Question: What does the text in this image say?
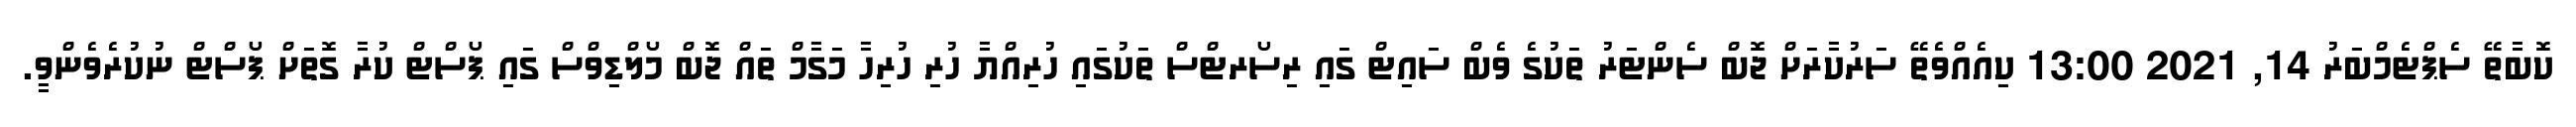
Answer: ކޮބާތޭ ސެޕްޓެމްބަރު 14, 2021 13:00 ކިއެއްވެތޭ ސަރުކާރަށް ޖޮބް ސެންޓަރު ތަކުގެ ވެބް ސައިޓް ގައި ރިސޯރޓްސް ތަކުގައި ހުރިއްޔާ ހުރި ހުރިހާ މަގާމް ތައް ޖޮބް މޯލްޑިވްސް ގައި ޕޯސްޓް ކުރާ ގޮތަށް ޕޯސްޓް ނުކުރެވެންވީ.